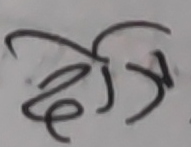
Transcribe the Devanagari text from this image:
दोई